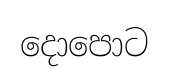
දොපොට